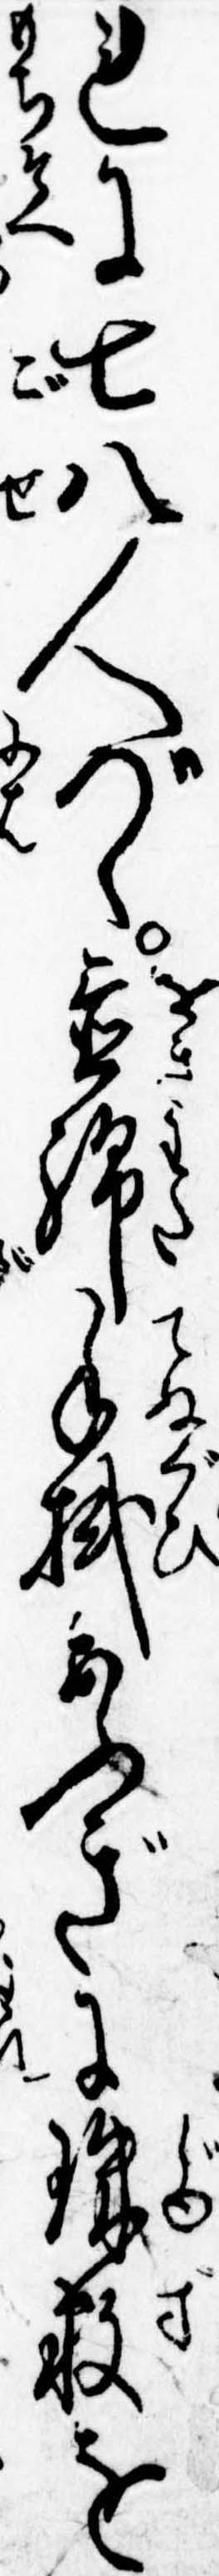
れに七八人づつ置綿手拭あふぎに珠数を